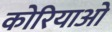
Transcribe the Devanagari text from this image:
कोरियाओ